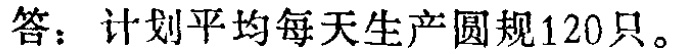
答：计划平均每天生产圆规120只。